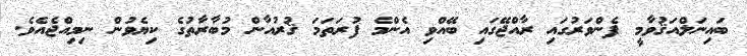
ބައިނަލްއަޤުވާމީ ފެންވަރުގައި ރާއްޖޭގައި ބޭއްވި އެންމެ ފުރަތަމަ ޤުރުއާން މުބާރާތުގެ ކިޔެވުން ނިމިއްޖެއެވެ.